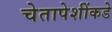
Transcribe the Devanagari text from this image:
चेतापेशींकडे